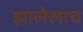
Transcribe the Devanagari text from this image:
झालेलाच